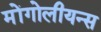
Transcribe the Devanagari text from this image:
मोंगोलीयन्स